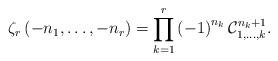
LaTeX: \begin{align*}\zeta_{r}\left(-n_{1},\dots,-n_{r}\right)=\prod_{k=1}^{r}\left(-1\right)^{n_{k}}\mathcal{C}_{1,\dots,k}^{n_{k}+1}.\end{align*}